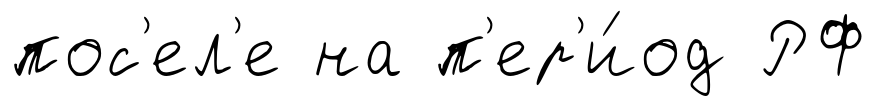
пос'ел'е на п'ер'и́од РФ